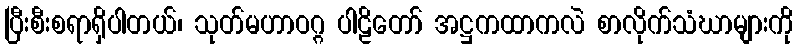
ပြီးစီးစရာရှိပါတယ်၊ သုတ်မဟာဝဂ္ဂ ပါဠိတော် အဋ္ဌကထာကလဲ စာလိုက်သံဃာများကို